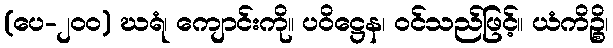
(ပေ-၂၀၀) ဃရံ၊ ကျောင်းကို။ ပဝိဋ္ဌေန၊ ဝင်သည်ဖြင့်။ ယံကိဉ္စိ၊